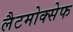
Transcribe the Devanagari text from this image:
लैटमोक्सेफ